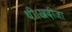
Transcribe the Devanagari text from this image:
थी।खदीजा